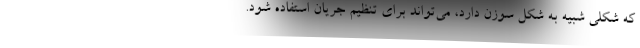
که شکلی شبیه به شکل سوزن دارد، می‌تواند برای تنظیم جریان استفاده شود.